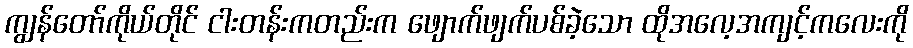
ကျွန်တော်ကိုယ်တိုင် ငါးတန်းကတည်းက ဖျောက်ဖျက်ပစ်ခဲ့သော ထိုအလေ့အကျင့်ကလေးကို